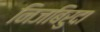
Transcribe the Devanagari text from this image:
निजबिरुदा